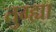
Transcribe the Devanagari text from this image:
तुम्ह्या